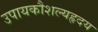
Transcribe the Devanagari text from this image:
उपायकौशल्यहृदय